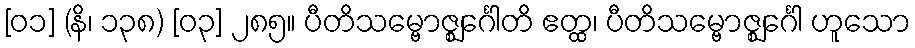
[၀၁] (နိ၊ ၁၃၈) [၀၃] ၂၈၅။ ပီတိသမ္ဗောဇ္ဈင်္ဂေါတိ ဧတ္ထ၊ ပီတိသမ္ဗောဇ္ဈင်္ဂေါ ဟူသော